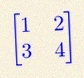
\begin{bmatrix}1&2\\3&4\end{bmatrix}